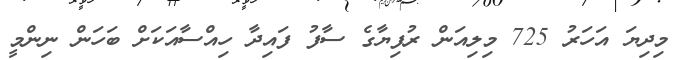
މިދިޔަ އަހަރު 725 މިލިއަން ރުފިޔާގެ ސާފު ފައިދާ ހިއްސާއަކަށް ބަހަން ނިންމީ